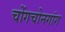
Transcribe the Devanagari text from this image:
चोंगचोनगांग